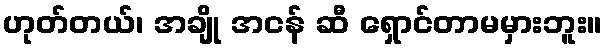
ဟုတ်တယ်၊ အချို အငန် ဆီ ရှောင်တာမမှားဘူး။